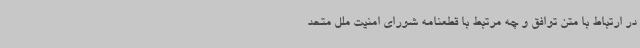
در ارتباط با متن توافق و چه مرتبط با قطعنامه شورای امنیت ملل متحد